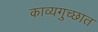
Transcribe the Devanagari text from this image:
काव्यगुच्छात